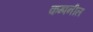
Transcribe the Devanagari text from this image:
कम्पनील